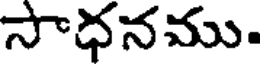
సాధనము.